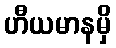
ဟီယမာနမှိ